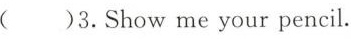
( )3.Show me your pencil.